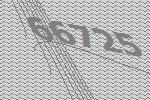
66725